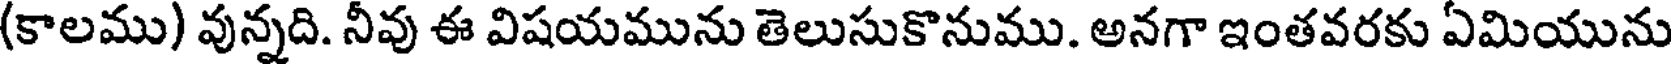
(కాలము) వున్నది. నీవు ఈ విషయమును తెలుసుకొనుము. అనగా ఇంతవరకు ఏమియును